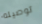
توصيله